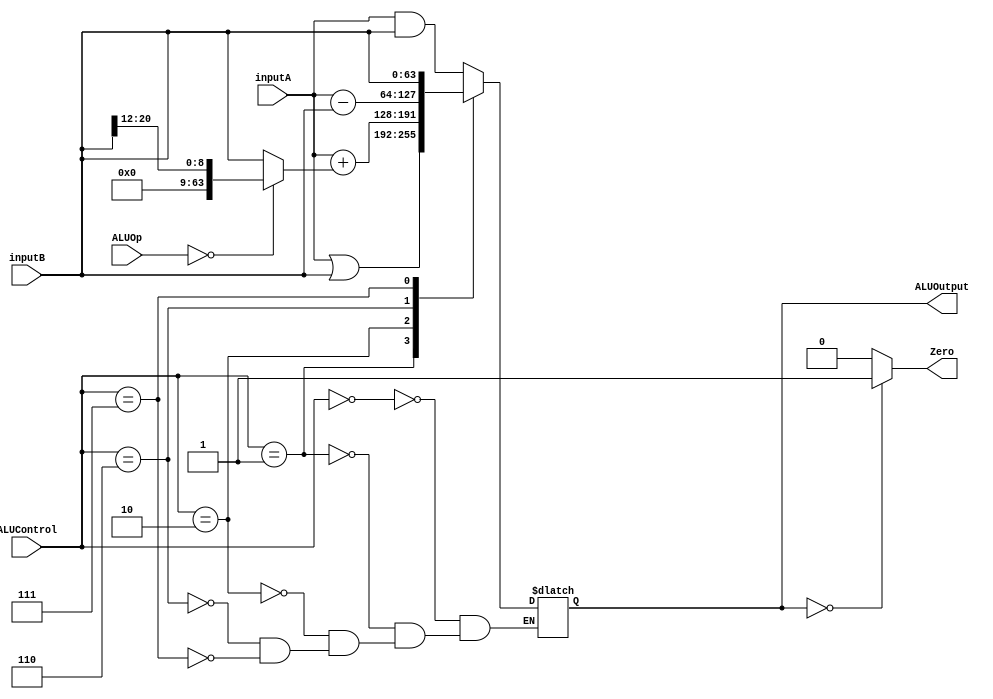
`timescale 1ns / 1ps

module ALU(
    //Input Data
    input [63:0] inputA, 
    input [63:0] inputB,
    //ALUOP(debug)
    input [1:0] ALUOp,
    //Control 
    input [3:0] ALUControl,
    //Output Data 
    output reg [63:0] ALUOutput, 
    output reg Zero 
    );
    
    reg [63:0] addInputB;
    
    wire [9:0] DebugInputB;
    assign DebugInputB = addInputB;
    
    always @(*)
    begin
        case(ALUOp)
            2'b00: begin
                addInputB = inputB[20:12];
            end  
              
            default: begin
                addInputB = inputB;
            end 
        endcase
    end
    
    always@(*) begin    //aluc
        //switch statement
        case(ALUControl)
            //case 0000: inputA AND(&) inputB
            4'b0000: begin
                ALUOutput = #1 inputA & inputB;
            end  
              
            //case 0001: inputA OR(|) inputB
            4'b0001: begin
                ALUOutput = #1 inputA | inputB;
            end 
            
            //case 0010: inputA add(+) inputB
            4'b0010: begin
                ALUOutput = #1 inputA + addInputB;
            end 
            
            //case 0110: inputA subtract(-) inputB
            4'b0110: begin
                ALUOutput = #1 inputA - inputB;
            end 
            
            //case 0111: Pass inputB, result = inputB
            4'b0111: begin
                ALUOutput = #1 inputB; //For CBZ
            end 

        endcase
    end
    
    always@(*) begin //posedge CKLK
        if(ALUOutput == 0)
            Zero = #1 1;
        else
            Zero = #1 0;
    end
endmodule